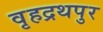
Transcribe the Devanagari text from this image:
वृहद्रथपुर